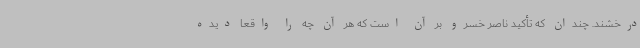
درخشند. چندان که تأکید ناصر خسرو بر آن است که هر آن چه را واقعا دیده